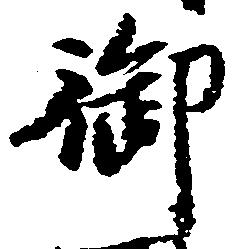
御